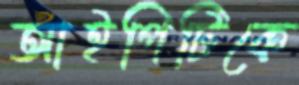
আইপিটিকে